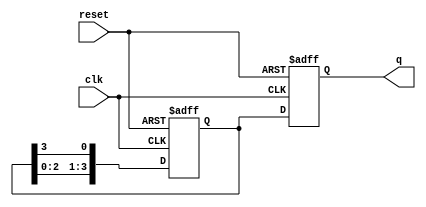
module johnson_counter(
    input wire clk, // Clock input
    input wire reset, // Reset input
    output reg [3:0] q // 4-bit counter output
);

reg [3:0] d; // D flip-flop inputs

always @(posedge clk or posedge reset) begin
    if (reset) begin
        d <= 4'b0001; // Initial value for counter
    end else begin
        d <= {d[2:0], d[3]}; // Shift operation for Johnson Counter
    end
end

// D flip-flops
always @(posedge clk or posedge reset) begin
    if (reset) begin
        q <= 4'b0000; // Reset output when reset is high
    end else begin
        q <= d; // Output equals D flip-flop input
    end
end

endmodule